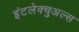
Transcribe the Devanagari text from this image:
इंटलेक्चुअल्स